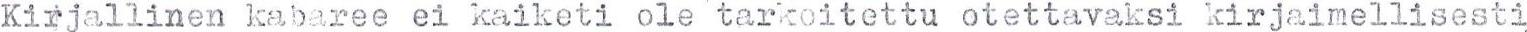
Kirjallinen kabaree ei kaiketi ole tarkoitettu otettavaksi kirjaimellisesti